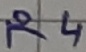
Text: R4